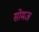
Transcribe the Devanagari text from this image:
सोमज